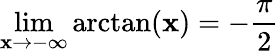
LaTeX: \operatorname*{lim}_{\mathbf{x}\rightarrow-\infty}\arctan(\mathbf{x})=-{\frac{{\pi}}{{2}}}